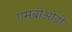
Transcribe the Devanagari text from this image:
एमबीओडी